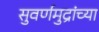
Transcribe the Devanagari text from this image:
सुवर्णमुद्रांच्या